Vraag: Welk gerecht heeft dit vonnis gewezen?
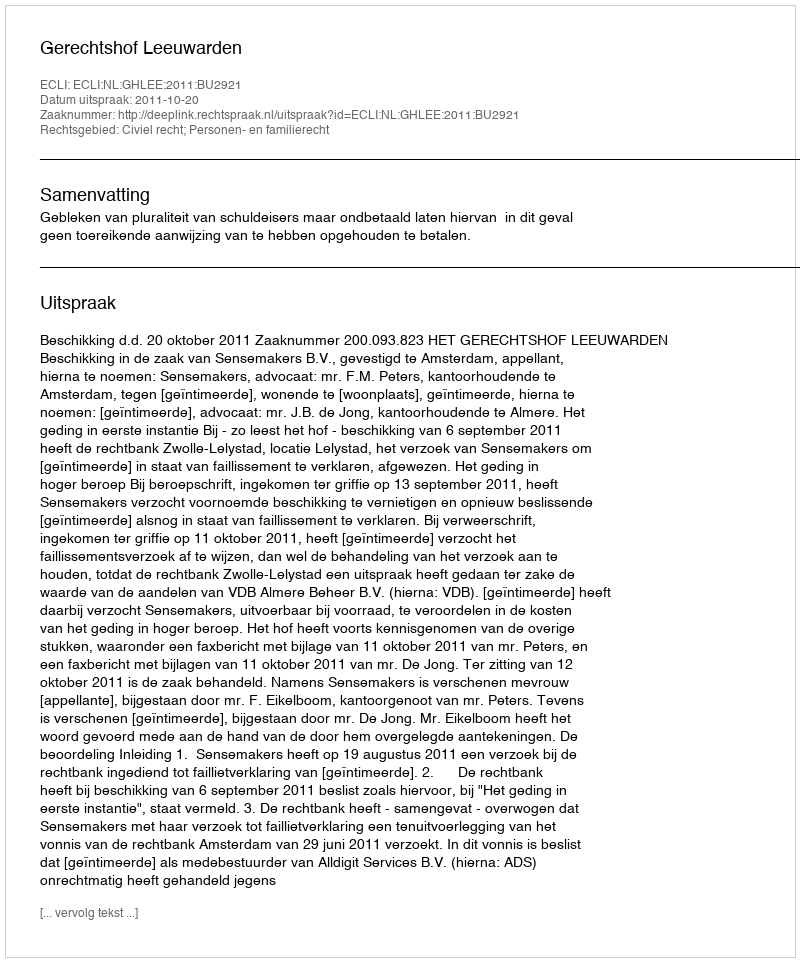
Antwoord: Gerechtshof Leeuwarden